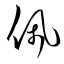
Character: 佩